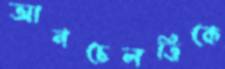
আনচেলত্তিকে